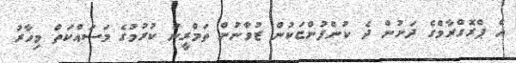
އެ ޕްރޮގްރާމްގެ ދަށުން ދެ ކުންފުންޏަކުން ޒުވާނުން ތަމްރީނު ކުރުމުގެ މަސައްކަތް މިހާރު